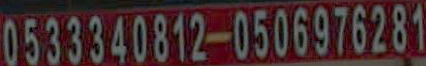
0533340812-0506976281